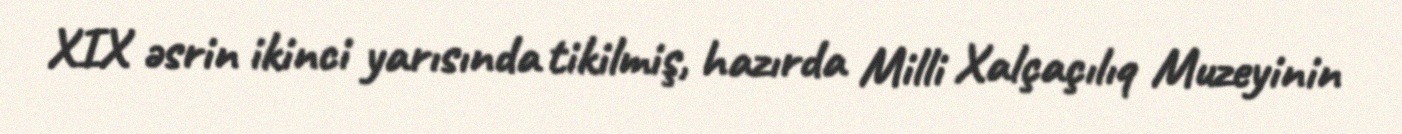
XIX əsrin ikinci yarısında tikilmiş, hazırda Milli Xalçaçılıq Muzeyinin